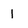
Character: 1